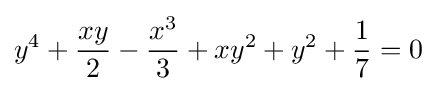
y^{4}+{\frac {xy}{2}}-{\frac {x^{3}}{3}}+xy^{2}+y^{2}+{\frac {1}{7}}=0